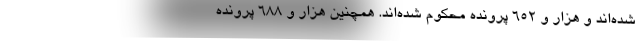
شده‌اند و هزار و ۶۵۲ پرونده محکوم شده‌اند. همچنین هزار و ۶۸۸ پرونده